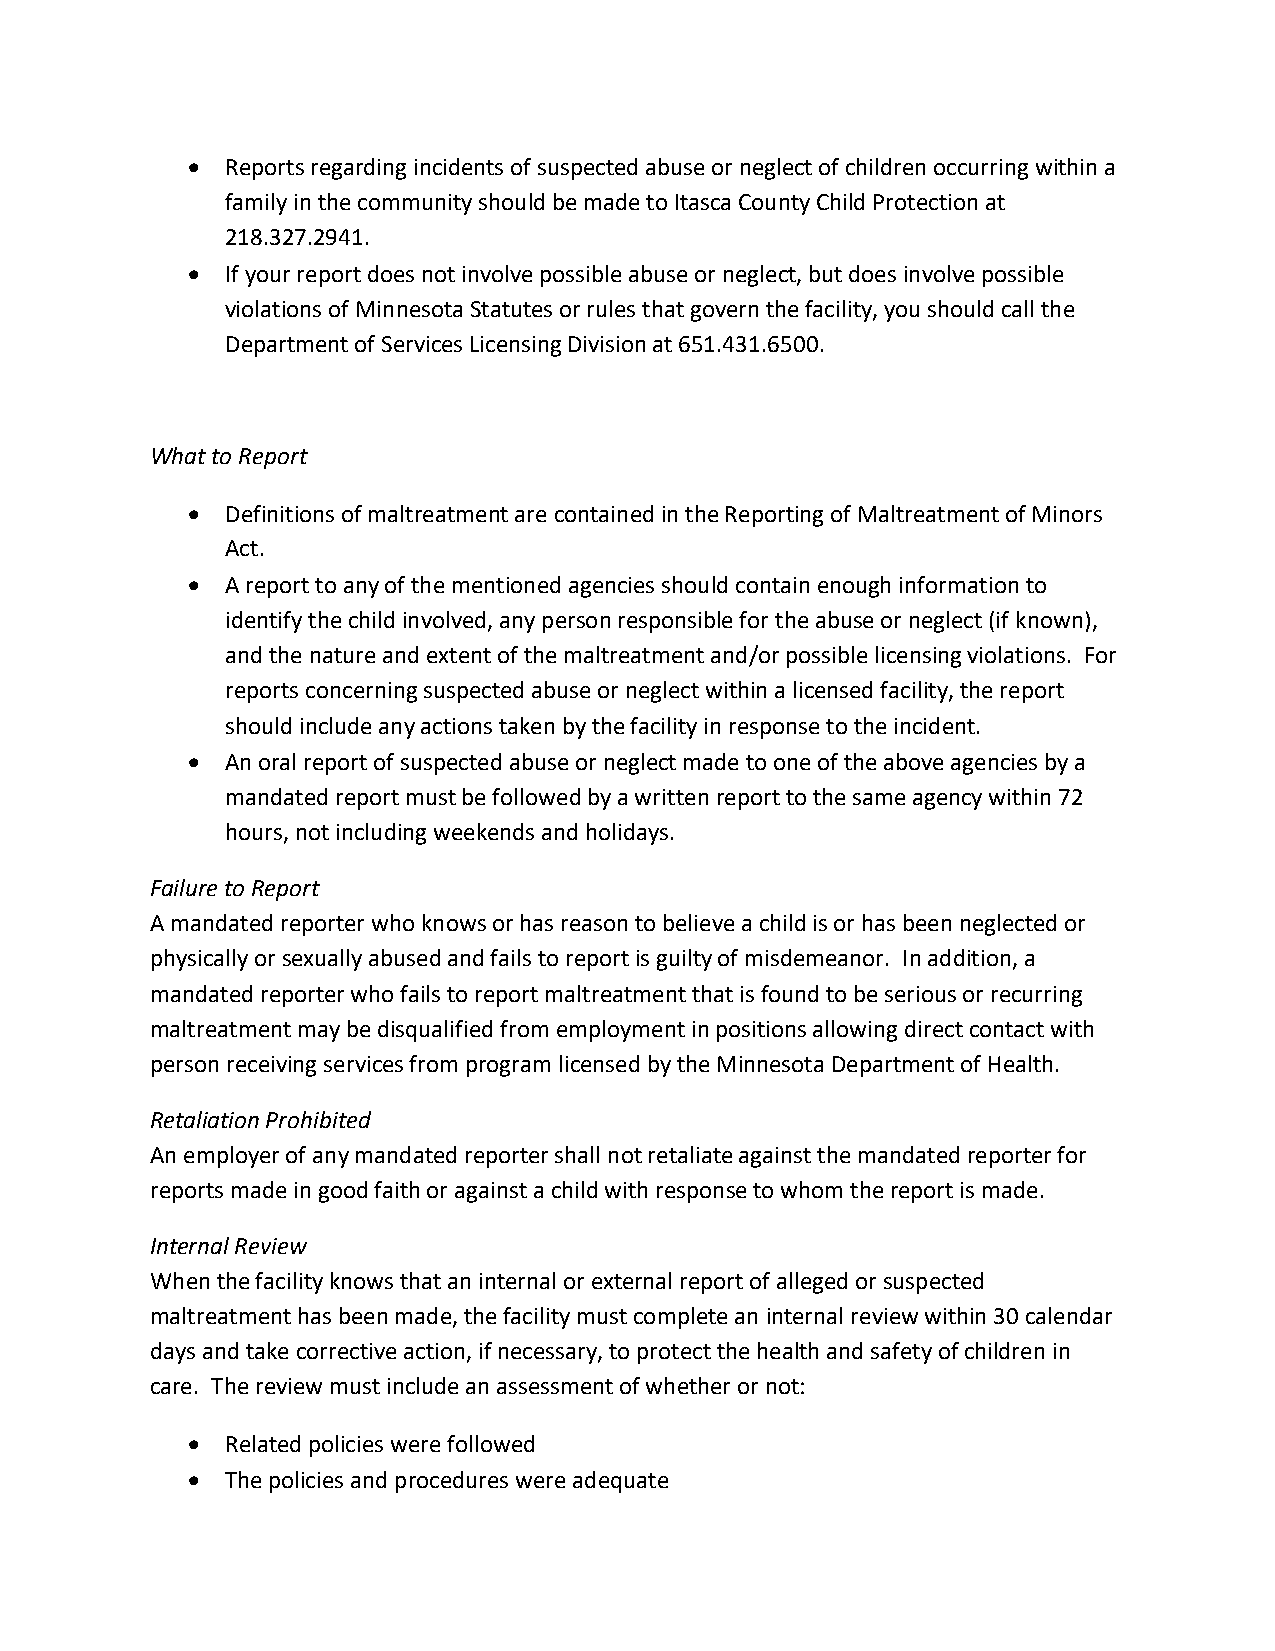
•  Reports regarding incidents of suspected abuse or neglect of children occurring within a
 family in the community should be made to Itasca County Child Protection at
 218.327.2941.
 •  If your report does not involve possible abuse or neglect, but does involve possible
 violations of Minnesota Statutes or rules that govern the facility, you should call the
 Department of Services Licensing Division at 651.431.6500.
 What to Report
 •  Definitions of maltreatment are contained in the Reporting of Maltreatment of Minors
 Act.
 •  A report to any of the mentioned agencies should contain enough information to
 identify the child involved, any person responsible for the abuse or neglect (if known),
 and the nature and extent of the maltreatment and/or possible licensing violations. For
 reports concerning suspected abuse or neglect within a licensed facility, the report
 should include any actions taken by the facility in response to the incident.
 •  An oral report of suspected abuse or neglect made to one of the above agencies by a
 mandated report must be followed by a written report to the same agency within 72
 hours, not including weekends and holidays.
 Failure to Report
 A mandated reporter who knows or has reason to believe a child is or has been neglected or
 physically or sexually abused and fails to report is guilty of misdemeanor. In addition, a
 mandated reporter who fails to report maltreatment that is found to be serious or recurring
 maltreatment may be disqualified from employment in positions allowing direct contact with
 person receiving services from program licensed by the Minnesota Department of Health.
 Retaliation Prohibited
 An employer of any mandated reporter shall not retaliate against the mandated reporter for
 reports made in good faith or against a child with response to whom the report is made.
 Internal Review
 When the facility knows that an internal or external report of alleged or suspected
 maltreatment has been made, the facility must complete an internal review within 30 calendar
 days and take corrective action, if necessary, to protect the health and safety of children in
 care. The review must include an assessment of whether or not:
 •  Related policies were followed
 •  The policies and procedures were adequate